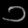
Digit: ၁